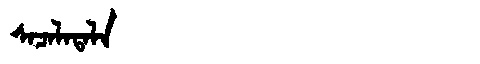
Manchu: ᠰᠠᠴᠠᠯᠠᡨᠠᠯᠠ
Romanization: SACALATALA